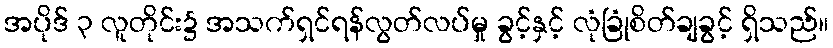
အပိုဒ် ၃ လူတိုင်း၌ အသက်ရှင်ရန်လွတ်လပ်မှု ခွင့်နှင့် လုံခြုံစိတ်ချခွင့် ရှိသည်။